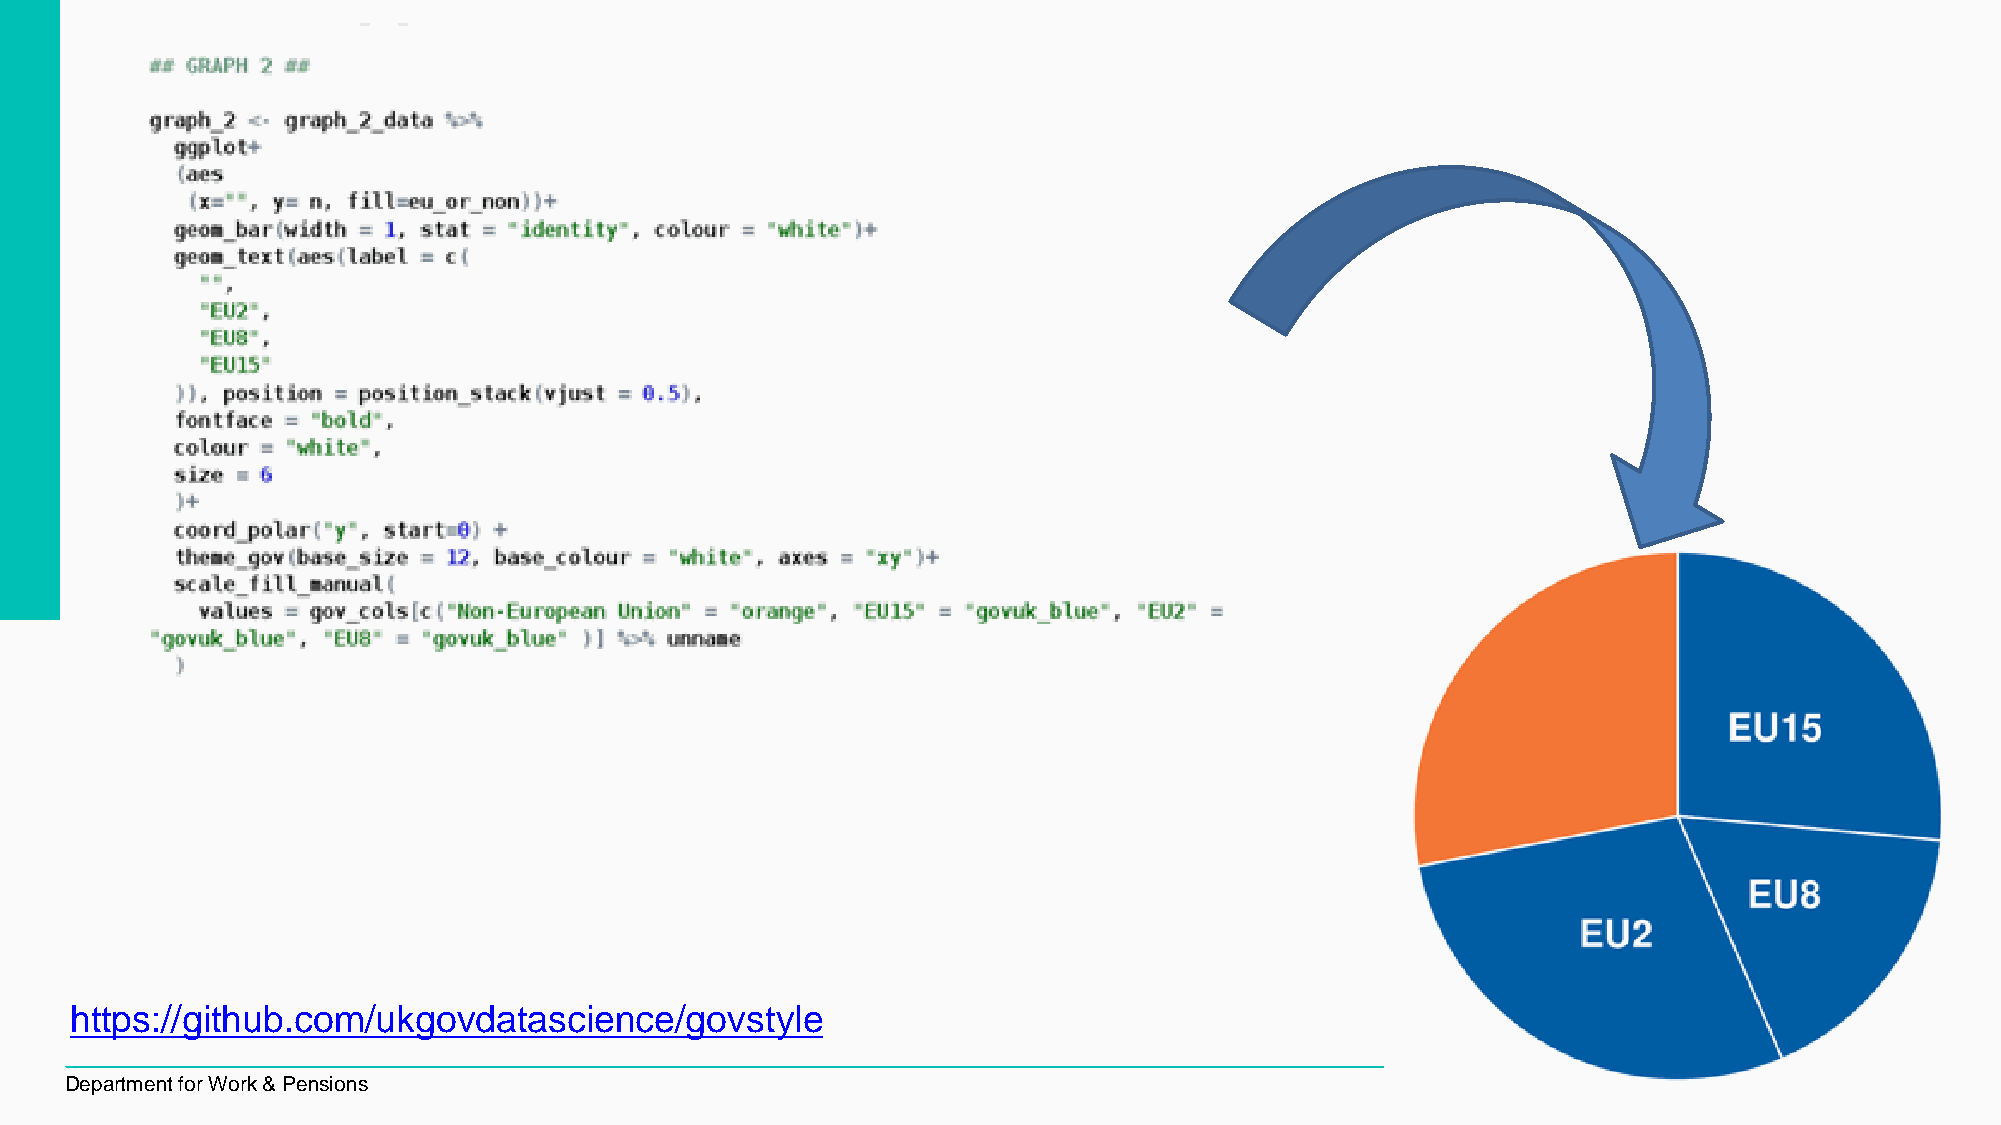
https://github.com/ukgovdatascience/govstyle
 Department for Work & Pensions                                                                                            10